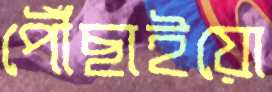
পৌঁছাইয়ো